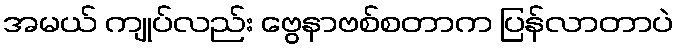
အမယ် ကျုပ်လည်း ဗွေနာဗစ်စတာက ပြန်လာတာပဲ